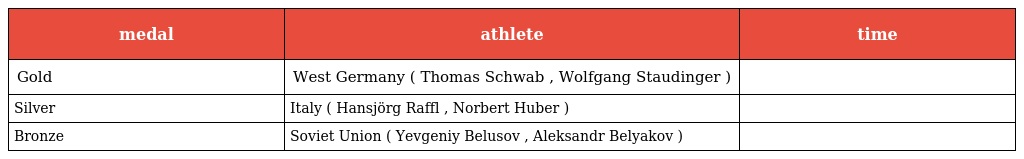
| medal | athlete | time |
 | --- | --- | --- |
 | Gold | West Germany ( Thomas Schwab , Wolfgang Staudinger ) |  |
 | Silver | Italy ( Hansjörg Raffl , Norbert Huber ) |  |
 | Bronze | Soviet Union ( Yevgeniy Belusov , Aleksandr Belyakov ) |  |